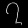
Digit: ၇